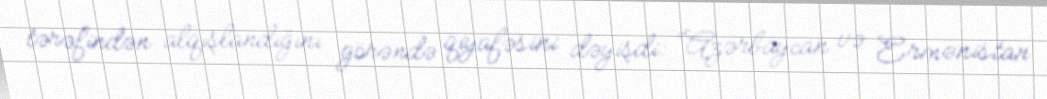
tərəfindən alqışlandığını görəndə qiyafəsini dəyişdi: “Azərbaycan və Ermənistan